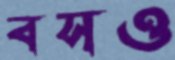
বসও